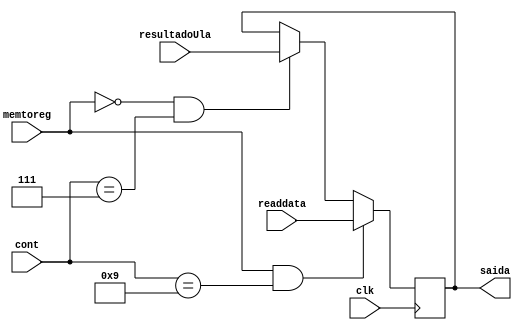
module multiplex_memtoreg (clk, memtoreg, resultadoUla, readdata, saida, cont);
	input wire clk;
	input wire memtoreg;
	input wire [3:0] cont;
	input wire [31:0] resultadoUla;
	input wire [31:0] readdata;
	output reg [31:0] saida;

	always @(posedge clk) begin
		if(memtoreg==0 & cont == 7) begin
			 saida <= resultadoUla;
		end if(memtoreg==1 & cont == 9) begin
			 saida <= readdata;
		end
	end

endmodule